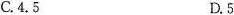
C.4.5 D5